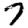
Digit: 7